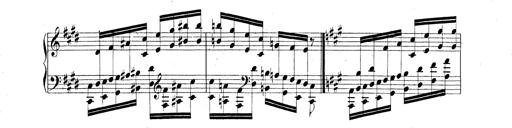
Title: Technische Studien
Composer: Franz Liszt